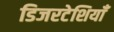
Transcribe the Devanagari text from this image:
डिजरटेशियाँ